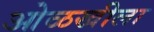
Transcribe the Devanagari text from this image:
ओळखीला